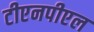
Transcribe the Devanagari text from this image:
टीएनपीएल